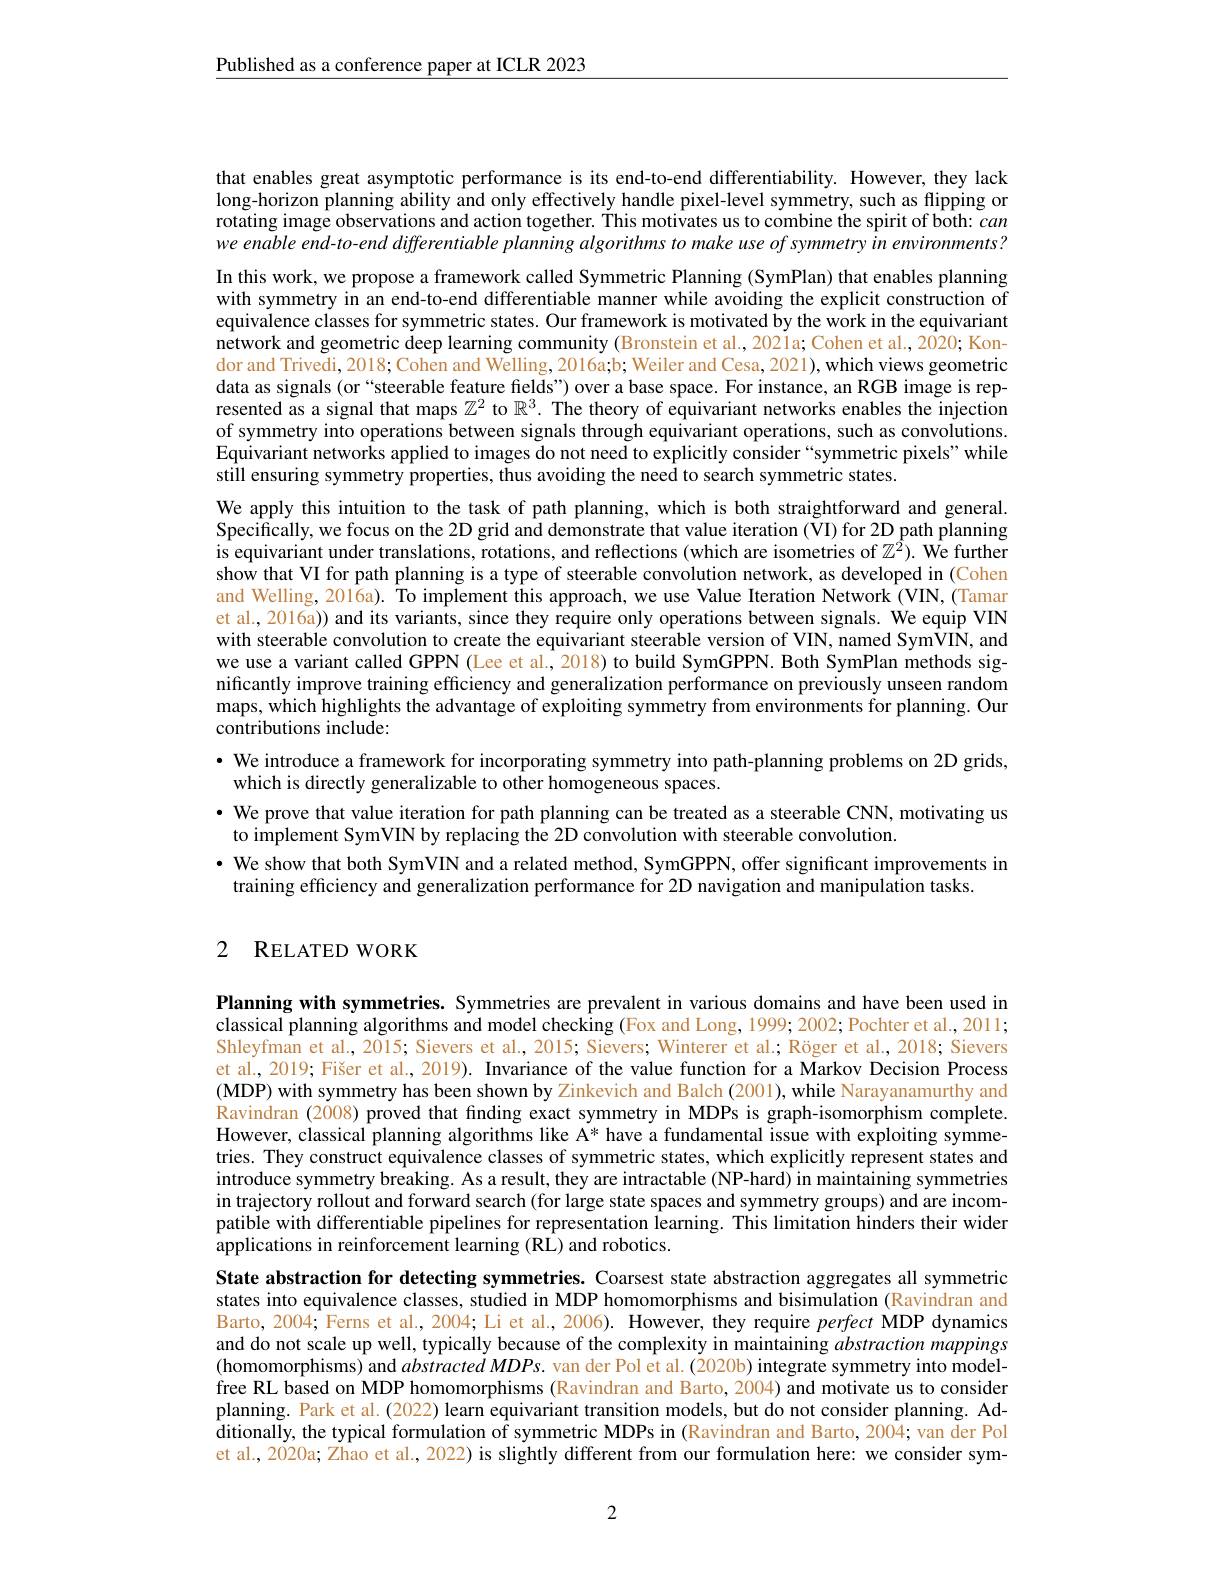
Published as a conference paper at ICLR 2023

rotating image observations and action together. This motivates us to combine the spirit of both: can we enable end-to-end differentiable planning algorithms to make use of symmetry in environments? In this work, we propose a framework called Symmetric Planning (SymPlan) that enables planning with symmetry in an end-to-end differentiable manner while avoiding the explicit construction of equivalence classes for symmetric states. Our framework is motivated by the work in the equivariant network and geometric deep learning community (Bronstein et al., 2021a; Cohen et al., 2020; Kondor and Trivedi, 2018; Cohen and Welling, 2016a;b; Weiler and Cesa, 2021), which views geometric data as signals (or“steerable feature fields”) over a base space. For instance, an RGB image is represented as a signal that maps $\mathbb{Z}^2$ to $\mathbb{R}^3.$ The theory of equivariant networks enables the injection of symmetry into operations between signals through equivariant operations, such as convolutions. Equivariant networks applied to images do not need to explicitly consider“symmetric pixels” while still ensuring symmetry properties, thus avoiding the need to search symmetric states.
We apply this intuition to the task of path planning, which is both straightforward and general.

that enables great asymptotic performance is its end-to-end differentiability. However, they lack long-horizon planning ability and only effectively handle pixel-level symmetry, such as flipping or Specifically, we focus on the 2D grid and demonstrate that value iteration ( WI) for 2D path planning is equivariant under translations, rotations, and reflections (which are isometries of $\mathbb{Z}^2).$ We further show that VI for path planning is a type of steerable convolution network, as developed in (Cohen and Welling, 2016a). To implement this approach, we use Value Iteration Network (VIN, (Tamar et al., 2016a)) and its variants, since they require only operations between signals. We equip VIN with steerable convolution to create the equivariant steerable version of VIN, named SymVIN, and we use a variant called GPPN (Lee et al., 2018) to build SymGPPN. Both SymPlan methods significantly improve training efficiency and generalization performance on previously unseen random maps, which highlights the advantage of exploiting symmetry from environments for planning. Our contributions include:
$\bullet$ We introduce a framework for incorporating symmetry into path-planning problems on 2D grids,
which is directly generalizable to other homogeneous spaces.
$\bullet$ We prove that value iteration for path planning can be treated as a steerable CNN, motivating us
to implement SymVIN by replacing the 2D convolution with steerable convolution.

· We show that both SymVIN and a related method, SymGPPN, offer significant improvements in
training efficiency and generalization performance for 2D navigation and manipulation tasks.

## 2 RELATED WORK

Planning with symmetries. Symmetries are prevalent in various domains and have been used in classical planning algorithms and model checking (Fox and Long, 1999; 2002; Pochter et al., 2011; Shleyfman et al., 2015; Sievers et al., 2015; Sievers; Winterer et al.; Röger et al., 2018; Sievers et al., 2019; Fišer et al., 2019). Invariance of the value function for a Markov Decision Process (MDP) with symmetry has been shown by Zinkevich and Balch (2001),while Narayanamurthy and Ravindran (2008) proved that fınding exact symmetry in MDPs is graph-isomorphism complete. However, classical planning algorithms like A* have a fundamental issue with exploiting symmetries. They construct equivalence classes of symmetric states, which explicitly represent states and introduce symmetry breaking. As a result, they are intractable (NP-hard) in maintaining symmetries in trajectory rollout and forward search (for large state spaces and symmetry groups) and are incompatible with differentiable pipelines for representation learning. This limitation hinders their wider applications in reinforcement learning (RL) and robotics.
State abstraction for detecting symmetries. Coarsest state abstraction aggregates all symmetric states into equivalence classes, studied in MDP homomorphisms and bisimulation (Ravindran and Barto, 2004; Ferns et al., 2004; Li et al., 2006). However, they require perfect MDP dynamics and do not scale up well, typically because of the complexity in maintaining abstraction mappings (homomorphisms) and $abstractedMDPs.$ van der Pol et al. (2020b) integrate symmetry into modelfree RL based on MDP homomorphisms (Ravindran and Barto, 2004) and motivate us to consider planning. Park et al. (2022) learn equivariant transition models, but do not consider planning. Additionally, the typical formulation of symmetric MDPs in (Ravindran and Barto, 2004; van der Pol et al., 2020a; Zhao et al., 2022) is slightly different from our formulation here: we consider sym-

2